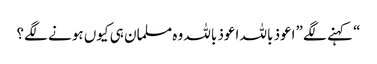
“ کہنے لگے ”اعوذ باللہ اعوذ باللہ وہ مسلمان ہی کیوں ہونے لگے؟